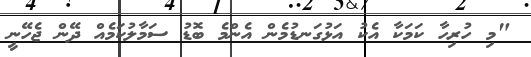
"މި ހުރިހާ ކަމަކާ އެކު އަޅުގަނޑުމެން އެންމެ ބޮޑު ސަމާލުކަމެއް ދޭން ޖެހޭނީ